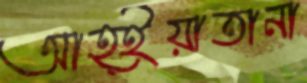
আহ্ইয়াতানা